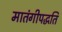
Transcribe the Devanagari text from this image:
मातंगीपद्धति